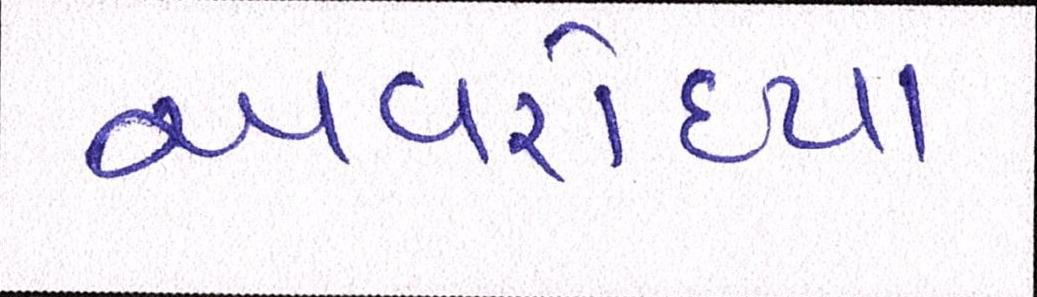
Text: અવરોધ્યા